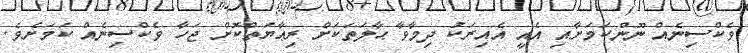
ވެކްސިނެއް ނޫންކަމަށާއި އެއީ އެއިރަކު ދިމާވާ ޙާލަތަކަށް ރިޢާޔަތްކޮށް ޖަހާ ވެކްސިނެއް ކަމަށެވެ.